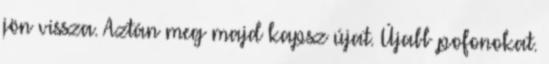
jön vissza. Aztán meg majd kapsz újat. Újabb pofonokat.